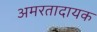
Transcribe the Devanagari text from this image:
अमरतादायक